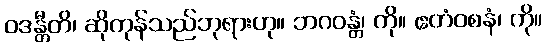
ဝဒန္တီတိ၊ ဆိုကုန်သည်ဘုရားဟု။ ဘဂဝန္တံ၊ ကို။ ဧတံဝစနံ၊ ကို။